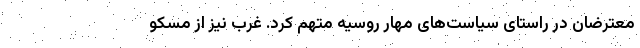
معترضان در راستای سیاست‌های مهار روسیه متهم کرد. غرب نیز از مسکو